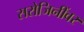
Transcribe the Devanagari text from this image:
सरोजिनींवर